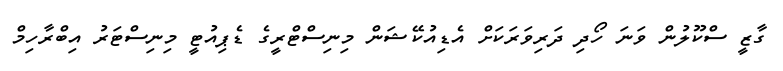
ގާޒީ ސްކޫލުން ވަނަ ހޯދި ދަރިވަރަކަށް އެޑިއުކޭޝަން މިނިސްޓްރީގެ ޑެޕިއުޓީ މިނިސްޓަރު އިބްރާހިމް